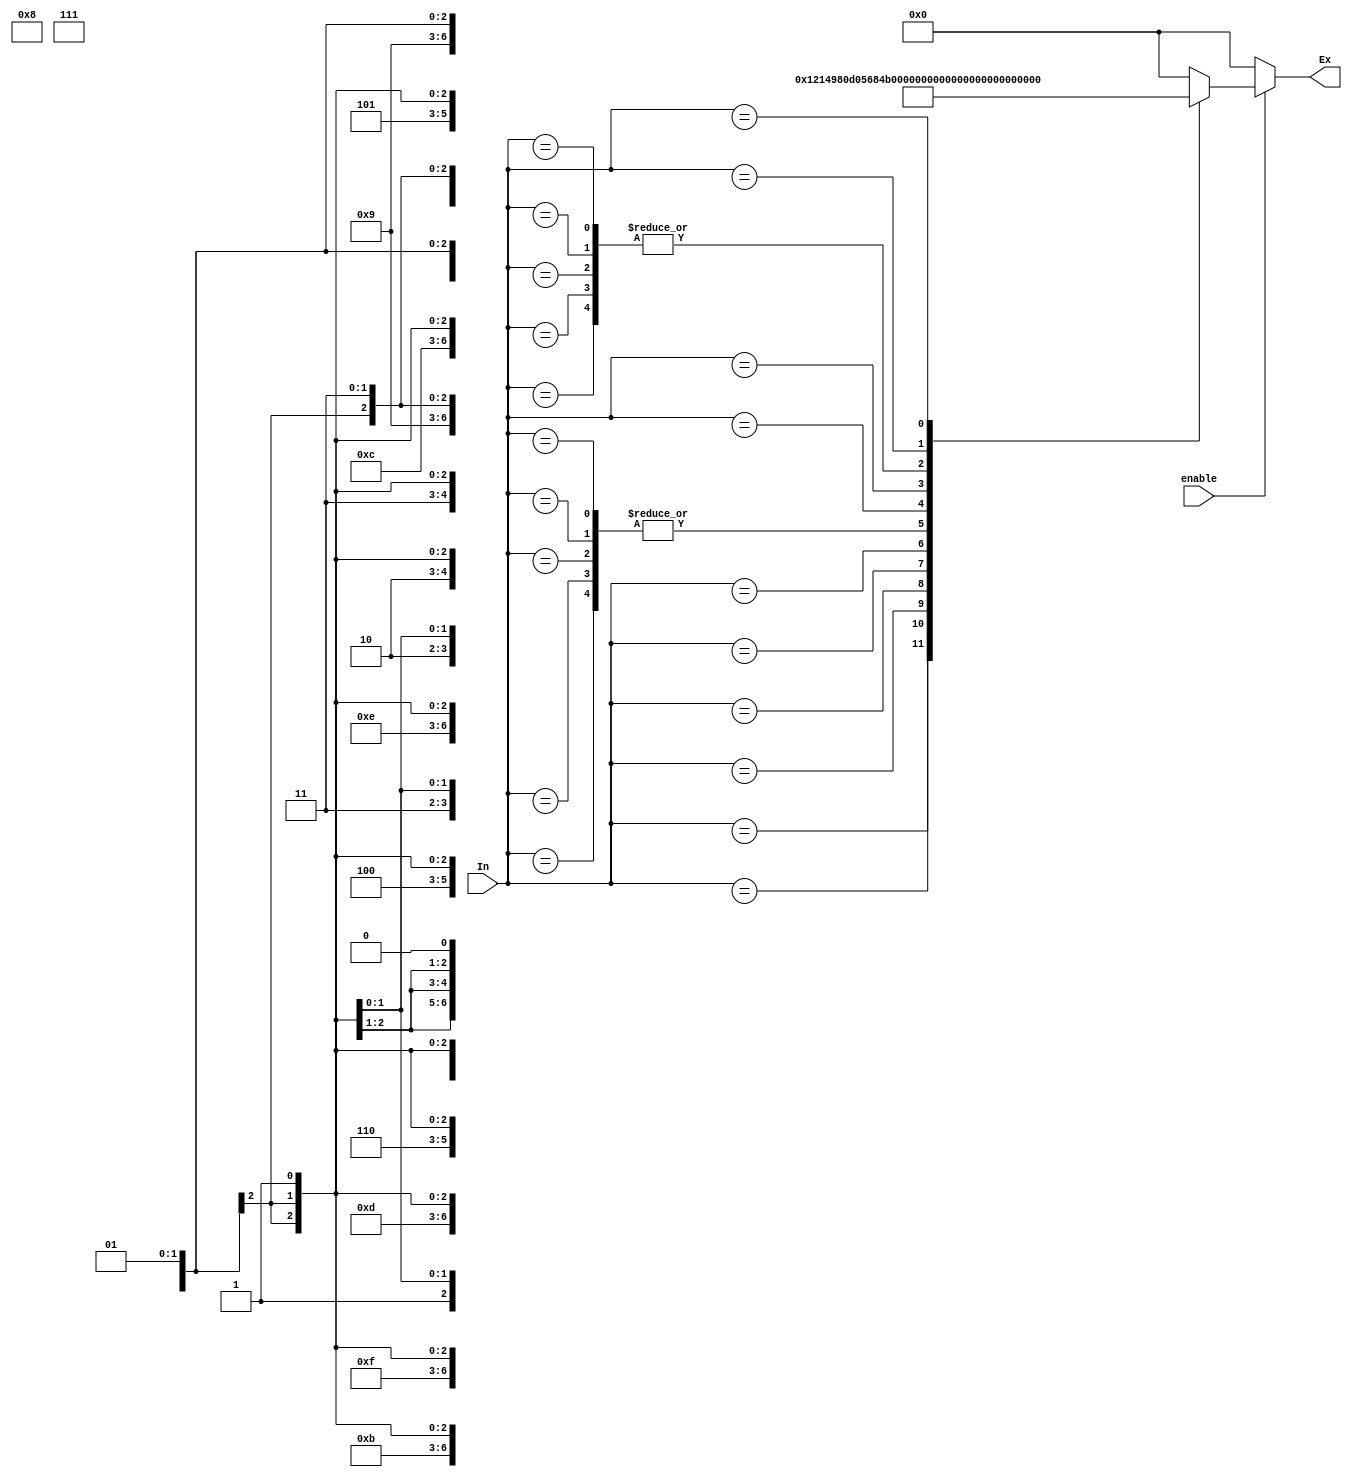
// Ejercicio 5

module TROM(
    input wire enable,
    input wire [6:0]In,
    output reg [12:0]Ex);

      always @ (enable or In)begin
          Ex = 0;
        if (enable)
          case (In)
              7'bxxxxxx0: Ex <= 13'b1000000001000;
              7'b00001x1: Ex <= 13'b0100000001000;
              7'b00000x1: Ex <= 13'b1000000001000;
              7'b00011x1: Ex <= 13'b1000000001000;
              7'b00010x1: Ex <= 13'b0100000001000;
              7'b0010xx1: Ex <= 13'b0001001000010;
              7'b0011xx1: Ex <= 13'b1001001100000;
              7'b0100xx1: Ex <= 13'b0011010000010;
              7'b0101xx1: Ex <= 13'b1011010000100;
              7'b0110xx1: Ex <= 13'b1011010100000;
              7'b0111xx1: Ex <= 13'b1000000111000;
              7'b1000x11: Ex <= 13'b0100000001000;
              7'b1000x01: Ex <= 13'b1000000001000;
              7'b1001x11: Ex <= 13'b1000000001000;
              7'b1001x01: Ex <= 13'b0100000001000;
              7'b1011xx1: Ex <= 13'b0011011000010;
              7'b1100xx1: Ex <= 13'b1011011100000;
              7'b1101xx1: Ex <= 13'b0100000001000;
              7'b1110xx1: Ex <= 13'b0000000001000;
              7'b1111xx1: Ex <= 13'b1011100100000;
            endcase
        end
  endmodule